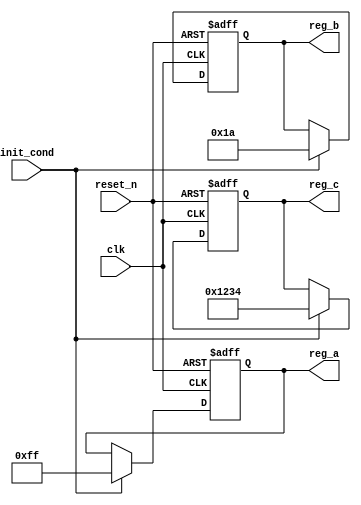
module ConditionalInitialization (
    input wire clk,        // Clock signal
    input wire reset_n,    // Active-low reset signal
    input wire init_cond,  // Initialization condition signal
    output reg [7:0] reg_a, // Register A
    output reg [7:0] reg_b, // Register B
    output reg [15:0] reg_c // Register C
);

// Sequential block for initialization
always @(posedge clk or negedge reset_n) begin
    if (!reset_n) begin
        // Synchronous reset (initialize all registers to 0)
        reg_a <= 8'b0;
        reg_b <= 8'b0;
        reg_c <= 16'b0;
    end else if (init_cond) begin
        // Conditional initialization based on init_cond
        reg_a <= 8'hFF;       // Initialize reg_a to 255
        reg_b <= 8'h1A;       // Initialize reg_b to 26
        reg_c <= 16'h1234;    // Initialize reg_c to a specific constant
    end
end

endmodule